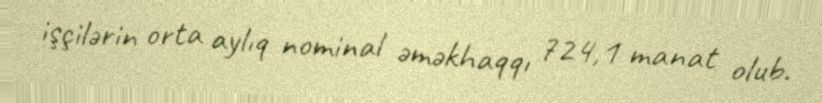
işçilərin orta aylıq nominal əməkhaqqı 724,1 manat olub.